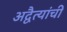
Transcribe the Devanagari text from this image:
अद्वैत्यांची